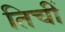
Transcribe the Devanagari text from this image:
तिचीं